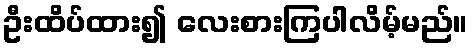
ဦးထိပ်ထား၍ လေးစားကြပါလိမ့်မည်။